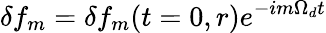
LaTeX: \delta f_{m}=\delta f_{m}(t=0,r)e^{-im\Omega_{d}t}